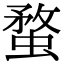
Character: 蝥